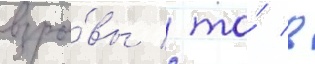
взры́вы / то́ в